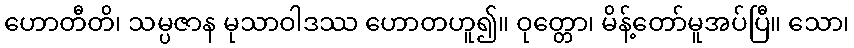
ဟောတီတိ၊ သမ္ပဇာန မုသာဝါဒဿ ဟောတဟူ၍။ ဝုတ္တော၊ မိန့်တော်မူအပ်ပြီ။ သော၊